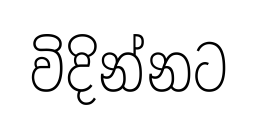
විදින්නට